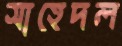
সাহেদল